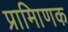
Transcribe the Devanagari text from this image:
प्रामािणक